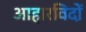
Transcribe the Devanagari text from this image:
आहारविदों